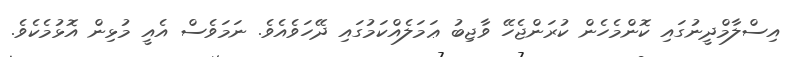
އިސްލާމްދީނުގައި ކޮންމެހެން ކުރަންޖެހޭ ވާޖިބު ޢަމަލެއްކަމުގައި ދޭހަވެއެވެ. ނަމަވެސް އެއީ މުޅިން އޮޅުމެކެވެ.